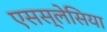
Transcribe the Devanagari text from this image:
एसस्लेसिया